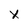
Character: X